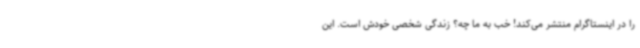
را در اینستاگرام منتشر می‌کند! خب به ما چه؟ زندگی شخصی خودش است. این